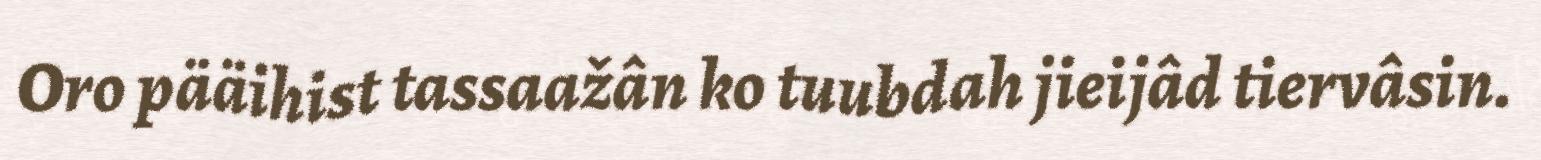
Oro pääihist tassaažân ko tuubdah jieijâd tiervâsin.